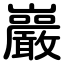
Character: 巖